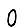
Digit: 0